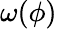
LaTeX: \omega(\phi)